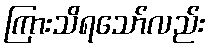
ကြားသိရသော်လည်း